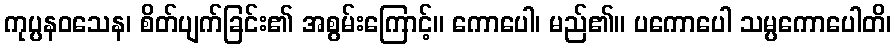
ကုပ္ပနဝသေန၊ စိတ်ပျက်ခြင်း၏ အစွမ်းကြောင့်။ ကောပေါ၊ မည်၏။ ပကောပေါ သမ္ပကောပေါတိ၊